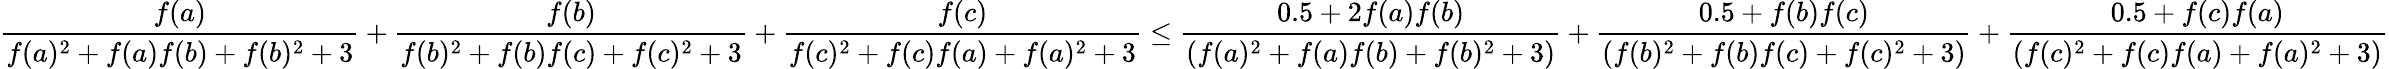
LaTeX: \frac{f(a)}{f(a)^{2}+f(a)f(b)+f(b)^{2}+3}+\frac{f(b)}{f(b)^{2}+f(b)f(c)+f(c)^{2}+3}+\frac{f(c)}{f(c)^{2}+f(c)f(a)+f(a)^{2}+3}\leq\frac{0.5+2f(a)f(b)}{(f(a)^{2}+f(a)f(b)+f(b)^{2}+3)}+\frac{0.5+f(b)f(c)}{(f(b)^{2}+f(b)f(c)+f(c)^{2}+3)}+\frac{0.5+f(c)f(a)}{(f(c)^{2}+f(c)f(a)+f(a)^{2}+3)}